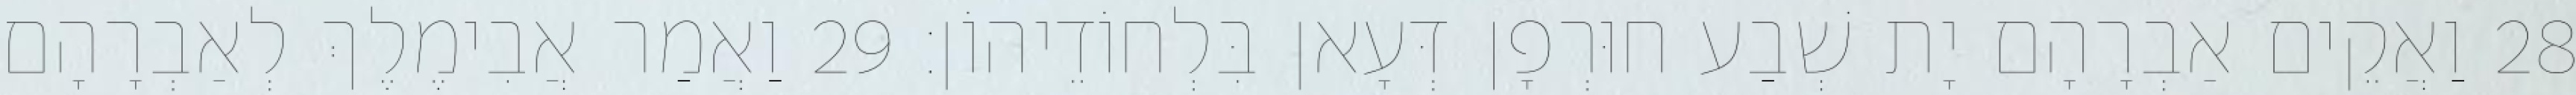
28 וַאֲקֵים אַבְרָהָם יָת שְׁבַע חוּרְפָן דְּעָאן בִּלְחוֹדֵיהוֹן׃ 29 וַאֲמַר אֲבִימֶלֶךְ לְאַבְרָהָם